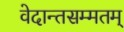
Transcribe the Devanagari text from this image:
वेदान्तसम्मतम्